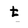
Character: t